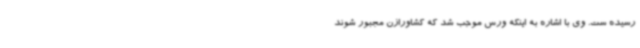
رسیده ست. وی با اشاره به اینکه ورس موجب شد که کشاورازن مجبور شوند